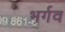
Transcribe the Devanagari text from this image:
भर्गव